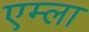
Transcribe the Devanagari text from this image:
एम्ला